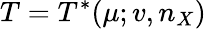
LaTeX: T=T^{\ast}(\mu;v,n_{X})